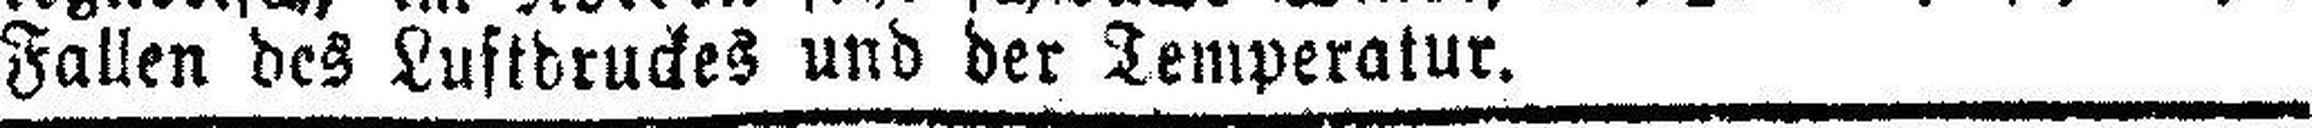
Fallen des Luftdruckes und der Temperatur.